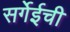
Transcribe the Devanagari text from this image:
सर्गेईची